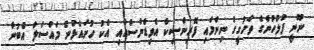
ނޫނީ ފުލުހުންގެ ތަހުގީގު ނިންމައި ފޮރިންސިކް އެވިޑެންސްއާއި އެކު ހުށައެޅުނު މައްސަލަ އެބުނާ